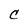
Character: c